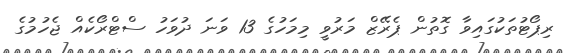
ރިޕޯޓުތަކުގައިވާ ގޮތުން ޕެރޭޒް މަރުވީ މިމަހުގެ 13 ވަނަ ދުވަހު ސްޓްރޯކެއް ޖެހުމުގެ